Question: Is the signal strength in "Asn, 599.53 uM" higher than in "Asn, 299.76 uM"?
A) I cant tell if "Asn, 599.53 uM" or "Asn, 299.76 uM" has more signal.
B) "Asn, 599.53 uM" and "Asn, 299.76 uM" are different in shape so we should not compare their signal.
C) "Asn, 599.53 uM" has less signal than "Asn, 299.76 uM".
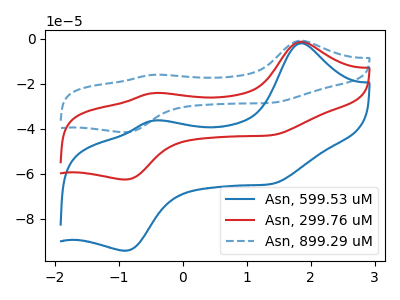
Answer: <think>The blue curve "Asn, 599.53 uM" has anodic peaks at (1.85V, -2.00uA) (-0.45V, -36.35uA) and cathodic peaks at (1.40V, -64.30uA) (-0.90V, -94.20uA). The red curve "Asn, 299.76 uM" has anodic peaks at (1.85V, -1.30uA) (-0.45V, -24.15uA) and cathodic peaks at (1.40V, -42.70uA) (-0.90V, -62.60uA). The blue dashed curve "Asn, 899.29 uM" has anodic peaks at (1.85V, -2.65uA) (-0.45V, -48.30uA) and cathodic peaks at (1.40V, -85.45uA) (-0.90V, -125.15uA).
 All the peaks in "Asn, 599.53 uM" have a peak in "Asn, 299.76 uM" at the same potential.</think>
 <answer>A) I cant tell if "Asn, 599.53 uM" or "Asn, 299.76 uM" has more signal.</answer>
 <eval>A</eval>